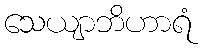
သေယျာဘိဟာရံ